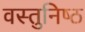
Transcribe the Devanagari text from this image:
वस्‍तुनिष्‍ठ